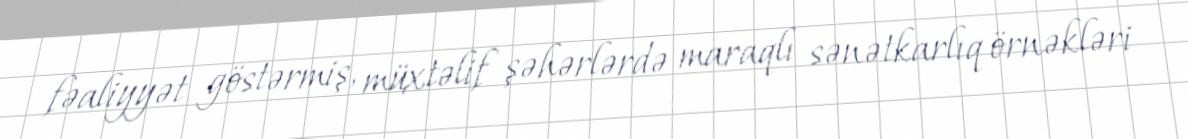
fəaliyyət göstərmiş, müxtəlif şəhərlərdə maraqlı sənətkarlıq örnəkləri